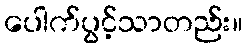
ပေါက်ပွင့်သာတည်း။